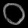
Digit: ၀